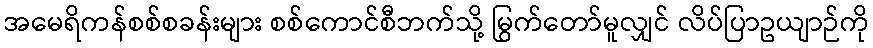
အမေရိကန်စစ်စခန်းများ စစ်ကောင်စီဘက်သို့ မြွက်တော်မူလျှင် လိပ်ပြာဥယျာဉ်ကို